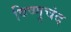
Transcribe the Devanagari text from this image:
विष्णुचंद